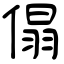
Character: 傝